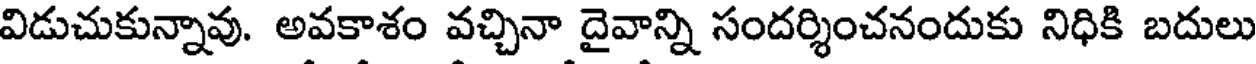
విడుచుకున్నావు. అవకాశం వచ్చినా దైవాన్ని సందర్శించనందుకు నిధికి బదులు